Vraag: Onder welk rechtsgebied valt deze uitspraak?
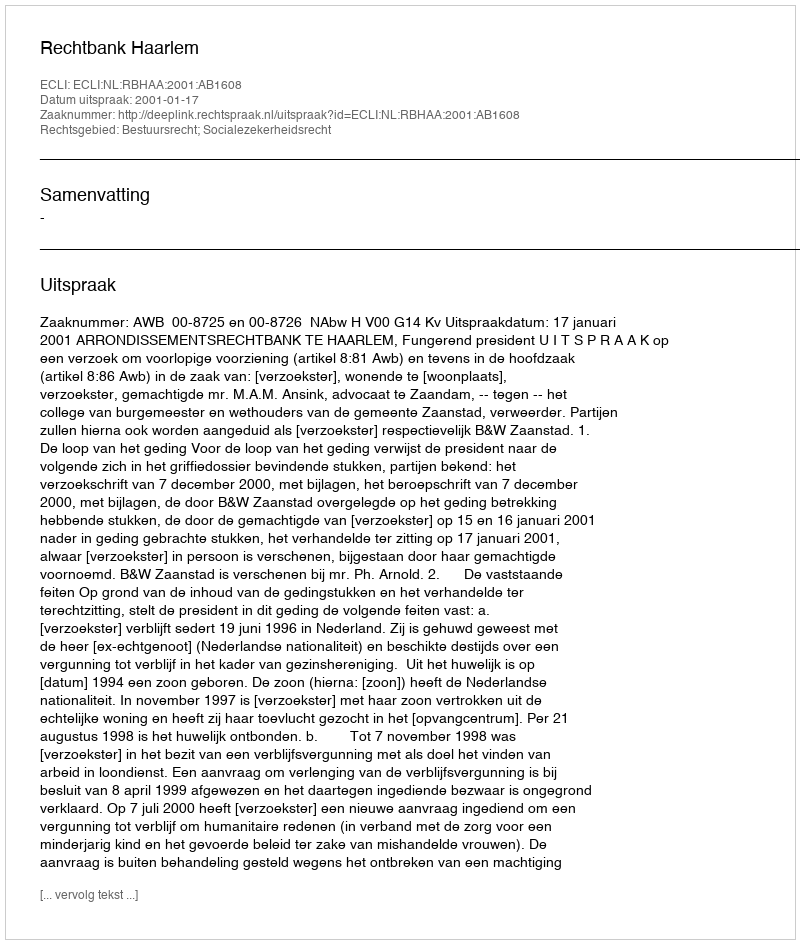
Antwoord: Bestuursrecht; Socialezekerheidsrecht